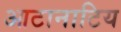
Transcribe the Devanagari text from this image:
आटानाटिय